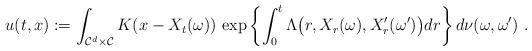
LaTeX: \begin{align*} u(t,x) := \int_{\mathcal{C}^d \times \mathcal{C}} K(x-X_t(\omega)) \, \exp \left \{\int_{0}^{t}\Lambda \big (r,X_r(\omega),X'_r(\omega')\big )dr\right \} d\nu(\omega,\omega') \ . \end{align*}